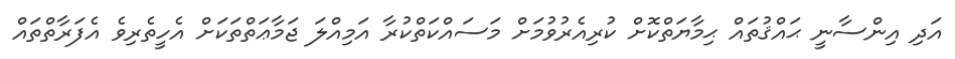
އަދި އިންސާނީ ޙައްޤުތައް ޙިމާޔަތްކޮށް ކުރިއެރުވުމަށް މަސައްކަތްކުރާ އަމިއްލަ ޖަމާޢަތްތަކަށް އެހީތެރިވެ އެފަރާތްތައް